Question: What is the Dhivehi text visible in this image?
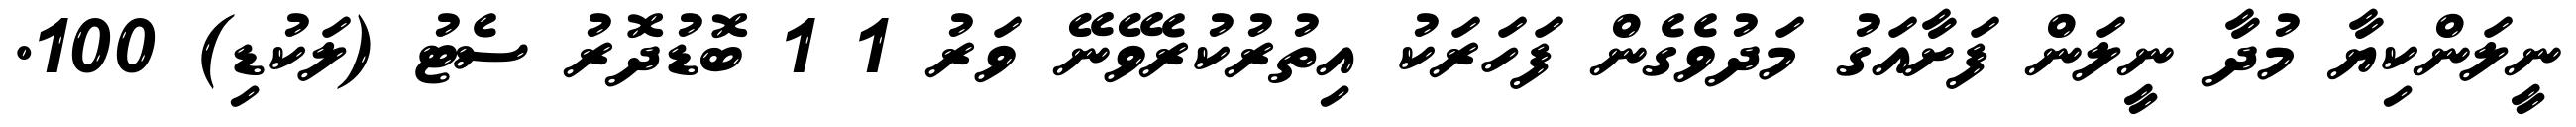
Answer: ނީލަންކިޔާ މުދާ ނީލަން ފަށާއަގު މަދުވެގެން ފަހަރަކު އިތުރުކުރެވޭނޭ ވަރު 1 1 ބޮޑުދޮރު ސެޓު (ލަކުޑި) 100.